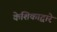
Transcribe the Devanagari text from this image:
केशिकाद्वारे